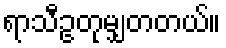
ရာသီဥတုမျှတတယ်။